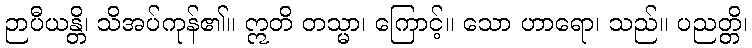
ဉာပီယန္တိ၊ သိအပ်ကုန်၏။ ဣတိ တသ္မာ၊ ကြောင့်။ သော ဟာရော၊ သည်။ ပညတ္တိ၊